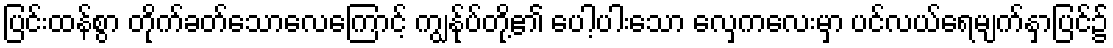
ပြင်းထန်စွာ တိုက်ခတ်သောလေကြောင့် ကျွန်ုပ်တို့၏ ပေါ့ပါးသော လှေကလေးမှာ ပင်လယ်ရေမျက်နှာပြင်၌